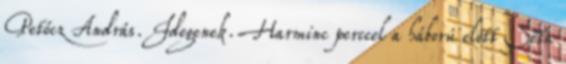
Petőcz András. Idegenek. Harminc perccel a háború előtt Séta